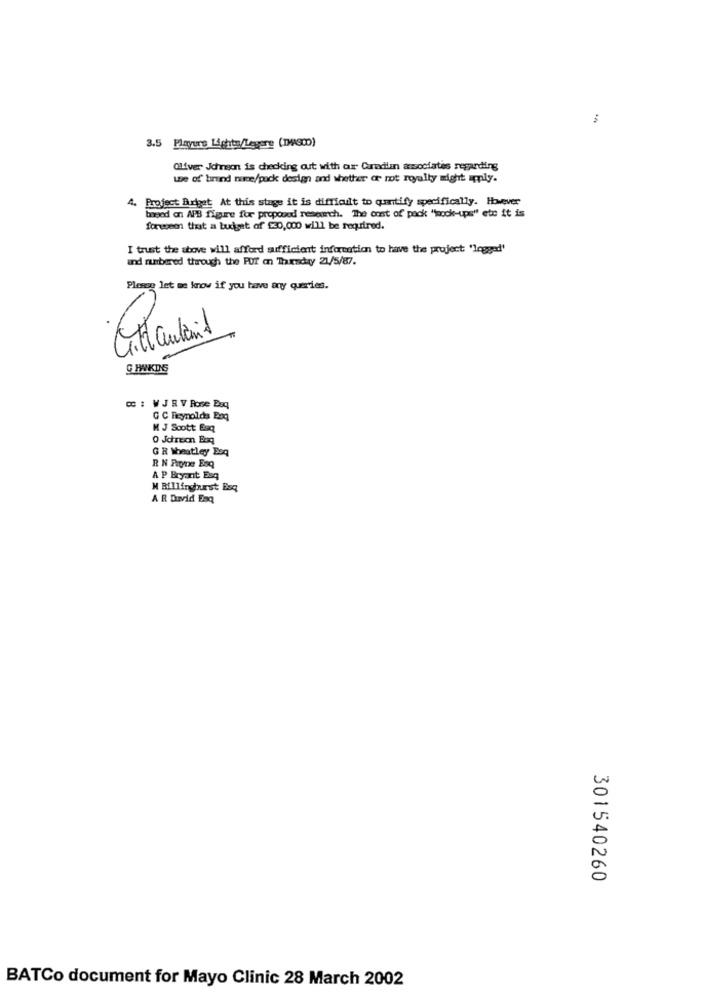
-
3.5 Playure Lighte/Legere (IWAS00)
Oliver Johnson is checking out with ar Credimn associates regarding
we of birund nine/pack design and whether or not royalty might imply.
4. Project Burget At this stage it is difficult to quantify specifically. However
bowed on APB figure for proposed research. The cost of pack "ock-ups" ete it is
forwsem that a budget of $30,000 will be required.
I trust the above will afford sufficient information to have the project 'logged'
and rubered through the PUT on Thursday 21/5/87.
Please let me know if you have any queries.
CHKDS
8: WJRV Rose Bsq
G C Reynolds Poq
M J Scott Esq
0 Jdrec Boq
G R Wheatley Esq
R N Pique Esq
A P Bryant Esq
M Billingburst Esq
A R David Esq
301540260
BATCo document for Mayo Clinic 28 March 2002